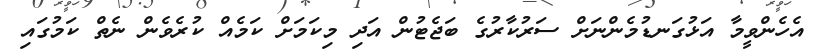
އެހެންވީމާ އަޅުގަނޑުމެންނަށް ސަރުކާރުގެ ބަޖެޓުން އަދި މިކަމަށް ކަމެއް ކުރެވެން ނެތް ކަމުގައި